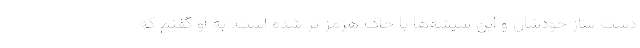
دست ساز خودشان و این شیشه‌ها با خاک هرمز پر شده است. به او گفتم که